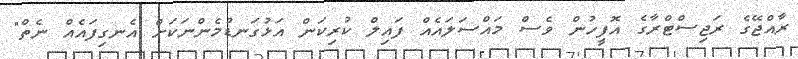
ރާއްޖޭގެ ރަޖިސްޓްރާގެ އޮފީހުން ވެސް މައްސަލައެއް ފައިލް ކުރިކަން އަޅުގަނޑުމެންނަކަށް އެނގިފައެއް ނެތް"